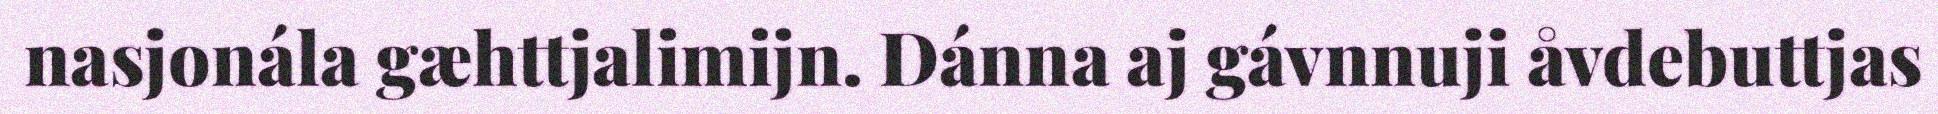
nasjonála gæhttjalimijn. Dánna aj gávnnuji åvdebuttjas